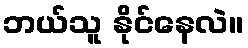
ဘယ်သူ နိုင်နေလဲ။